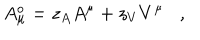
A _ { \mu } ^ { o } = z _ { A } A ^ { \mu } + z _ { V } V ^ { \mu } ,